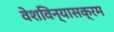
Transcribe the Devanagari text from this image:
वेशविन्यासक्रम